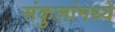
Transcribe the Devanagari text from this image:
संकुलांमध्ये